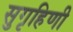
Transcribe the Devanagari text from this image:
सुगृहिणी